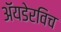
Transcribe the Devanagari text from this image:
ॲयडेरविच